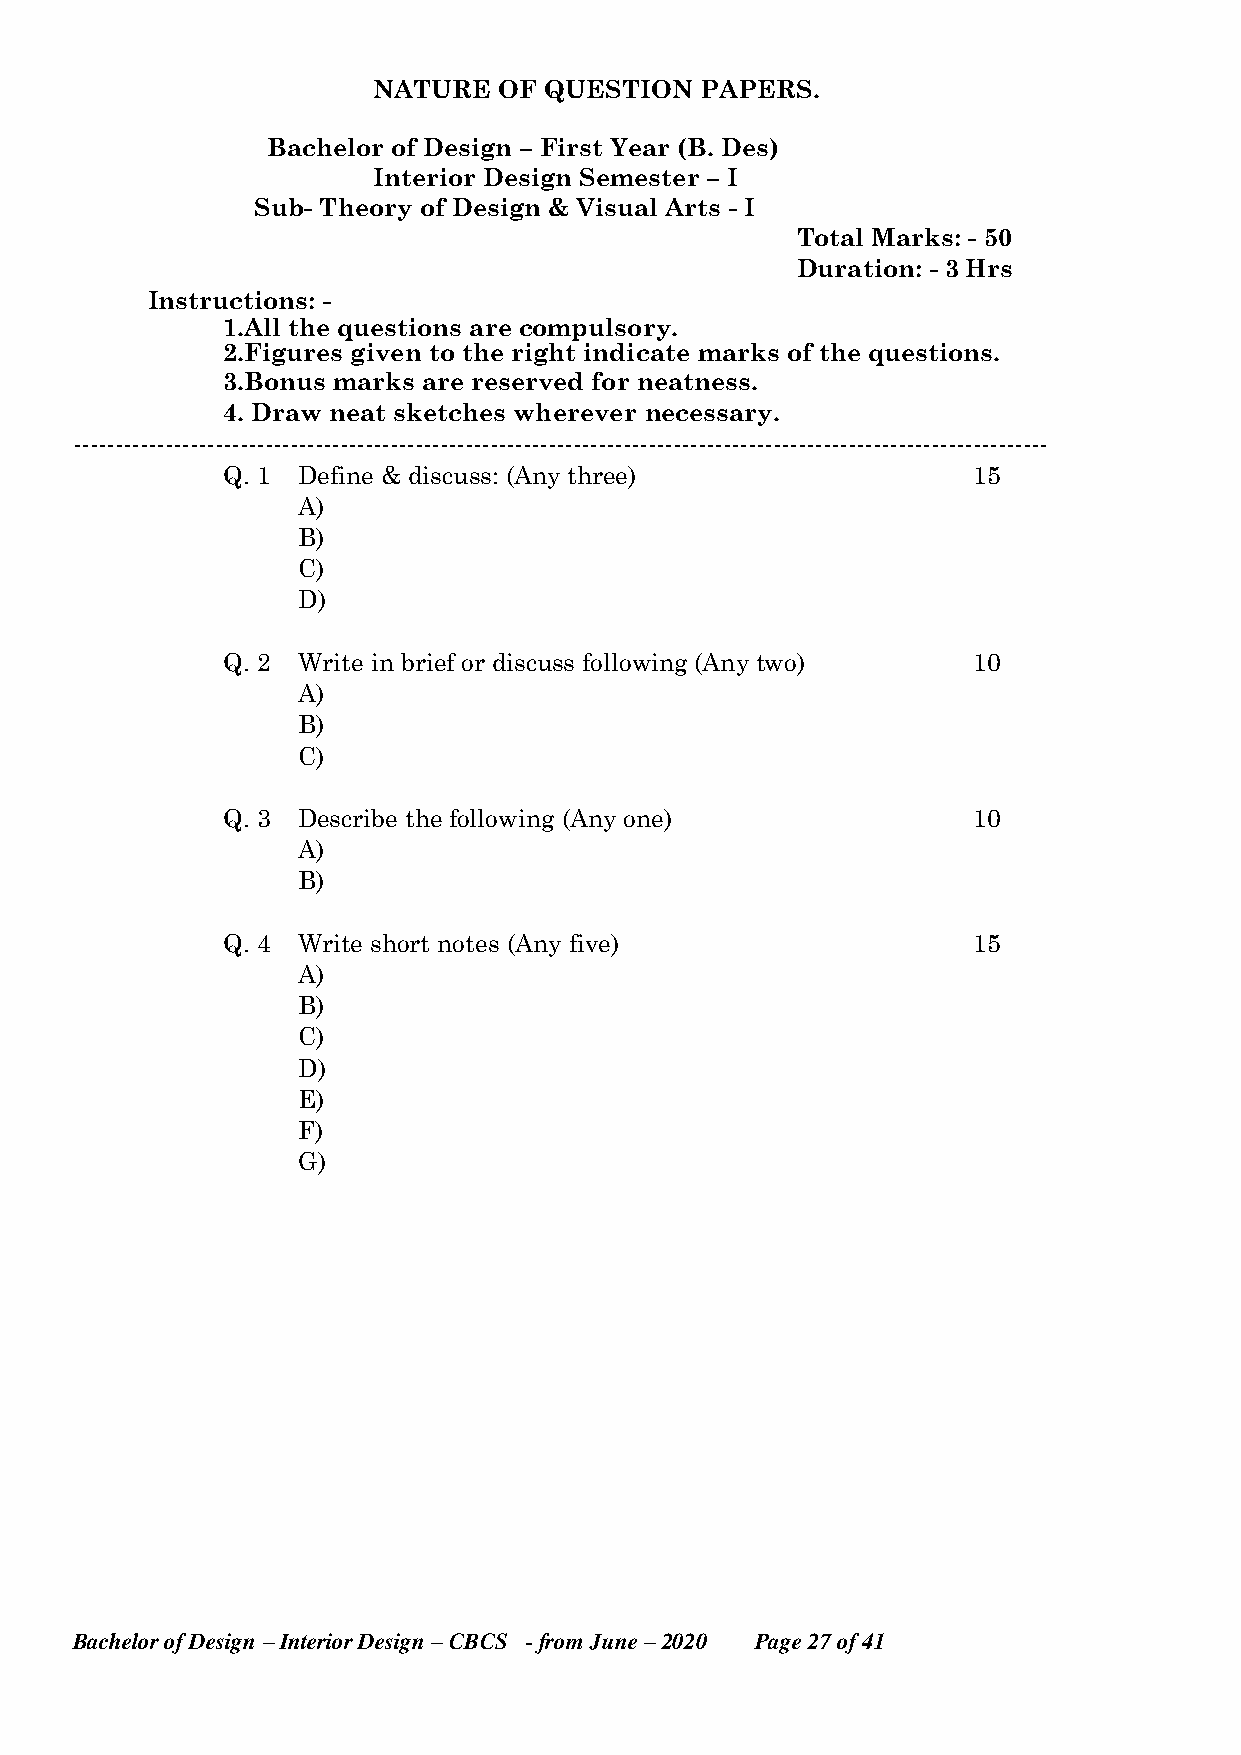
NATURE  OF QUESTION  PAPERS.
 Bachelor of Design – First Year (B. Des)
 Interior Design Semester – I
 Sub- Theory of Design & Visual Arts - I
 Total Marks: - 50
 Duration: - 3 Hrs
 Instructions: -
 1.All the questions are compulsory.
 2.Figures given to the right indicate marks of the questions.
 3.Bonus marks are reserved for neatness.
 4. Draw neat sketches wherever necessary.
 ---------------------------------------------------------------------------------------------------------------------
 Q. 1 Define & discuss: (Any three)               15
 A)
 B)
 C)
 D)
 Q. 2 Write in brief or discuss following (Any two) 10
 A)
 B)
 C)
 Q. 3 Describe the following (Any one)            10
 A)
 B)
 Q. 4 Write short notes (Any five)                15
 A)
 B)
 C)
 D)
 E)
 F)
 G)
 Bachelor of Design – Interior Design – CBCS - from June – 2020 Page 27 of 41